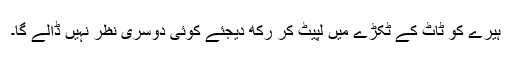
ہیرے کو ٹاٹ کے ٹکڑے میں لپیٹ کر رکھ دیجئے کوئی دوسری نظر نہیں ڈالے گا۔